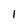
Character: 1